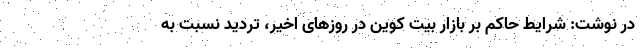
در نوشت: شرایط حاکم بر بازار بیت کوین در روزهای اخیر، تردید نسبت به